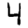
Digit: 4